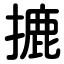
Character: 摝